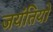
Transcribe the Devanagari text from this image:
जयंतियों